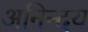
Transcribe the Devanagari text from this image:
अनिन्दय